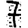
Digit: 7